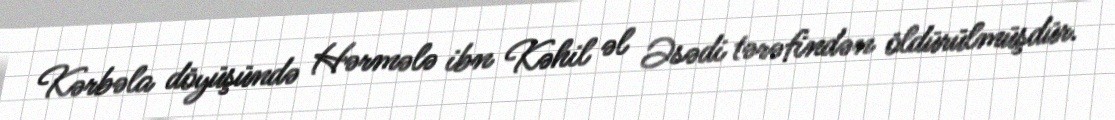
Kərbəla döyüşündə Hərmələ ibn Kəhil əl Əsədi tərəfindən öldürülmüşdür.